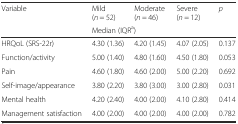
| <ROWSPAN=2> Variable | Mild (n = 52) | Moderate (n = 46) | Severe (n = 12) | <ROWSPAN=2> p |
 | <COLSPAN=3> Median (IQRa) |
 | --- | --- | --- | --- | --- |
 | HRQoL (SRS-22r) | 4.30 (1.36) | 4.20 (1.45) | 4.07 (2.05) | 0.137 |
 | Function/activity | 5.00 (1.40) | 4.80 (1.60) | 4.50 (1.80) | 0.053 |
 | Pain | 4.60 (1.80) | 4.60 (2.00) | 5.00 (2.20) | 0.692 |
 | Self-image/appearance | 3.80 (2.20) | 3.80 (3.00) | 3.00 (2.80) | 0.031 |
 | Mental health | 4.20 (2.40) | 4.00 (2.00) | 4.10 (2.80) | 0.414 |
 | Management satisfaction | 4.00 (2.00) | 4.00 (2.00) | 4.00 (2.00) | 0.782 |